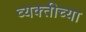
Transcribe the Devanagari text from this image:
व्‍यक्‍तीच्‍या